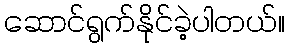
ဆောင်ရွက်နိုင်ခဲ့ပါတယ်။